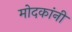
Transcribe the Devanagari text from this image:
मोदकांनी